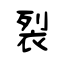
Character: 裂